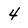
Character: 4